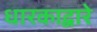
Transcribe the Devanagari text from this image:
धारकाद्वारे